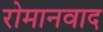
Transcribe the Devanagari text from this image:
रोमानवाद